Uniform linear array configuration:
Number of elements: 4
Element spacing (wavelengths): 1
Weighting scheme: blackman
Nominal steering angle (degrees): -45
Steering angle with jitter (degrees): -43.495
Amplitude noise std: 0.05
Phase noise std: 0.05

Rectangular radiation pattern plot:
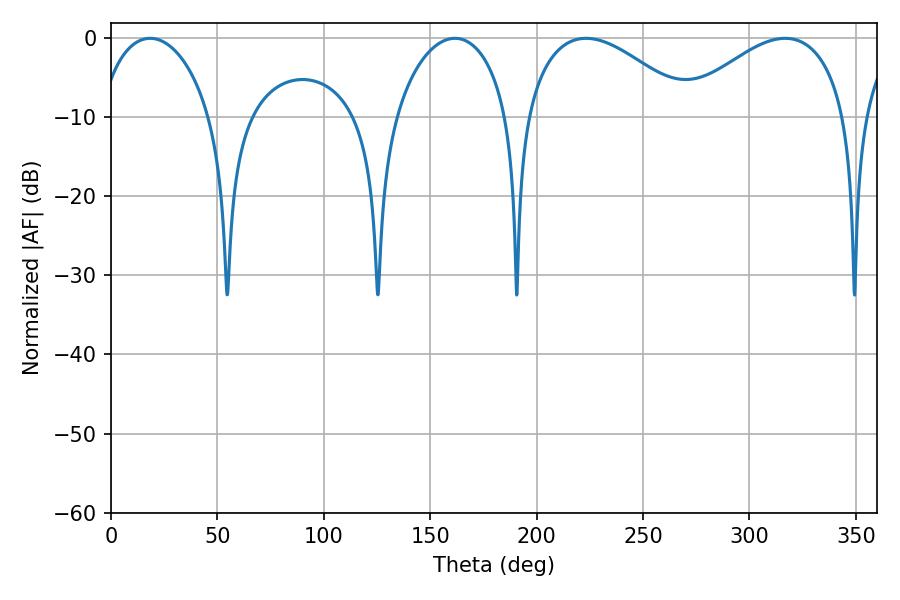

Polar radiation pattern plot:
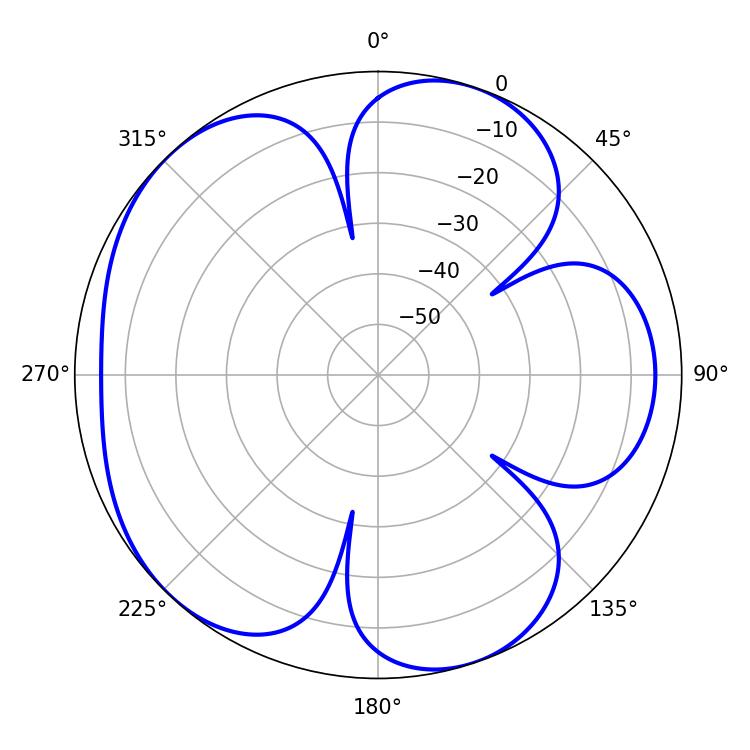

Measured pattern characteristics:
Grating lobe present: TRUE
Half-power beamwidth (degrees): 43.2
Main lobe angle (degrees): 223.2